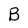
Character: B